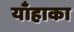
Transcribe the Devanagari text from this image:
याँहाका